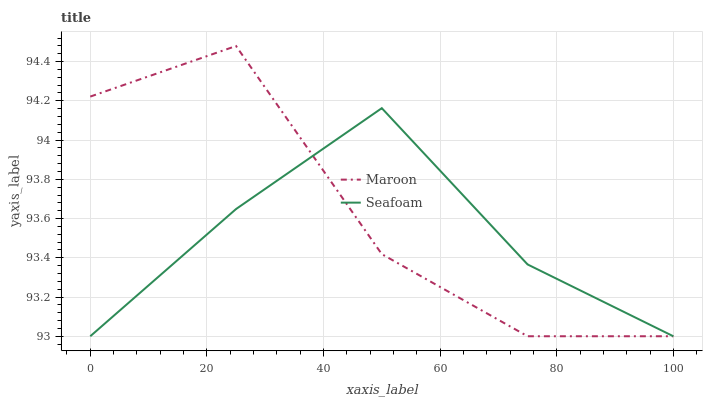
| xaxis_label | Maroon | Seafoam |
 | --- | --- | --- |
 | 0 | 94.2 | 93 |
 | 25 | 94.5 | 93.6 |
 | 50 | 93.4 | 94.2 |
 | 75 | 93 | 93.4 |
 | 100 | 93 | 93 |